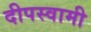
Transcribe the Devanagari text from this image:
दीपस्वामी